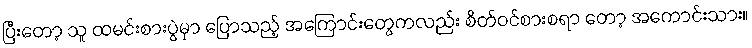
ပြီးတော့ သူ ထမင်းစားပွဲမှာ ပြောသည့် အကြောင်းတွေကလည်း စိတ်ဝင်စားစရာ တော့ အကောင်းသား။